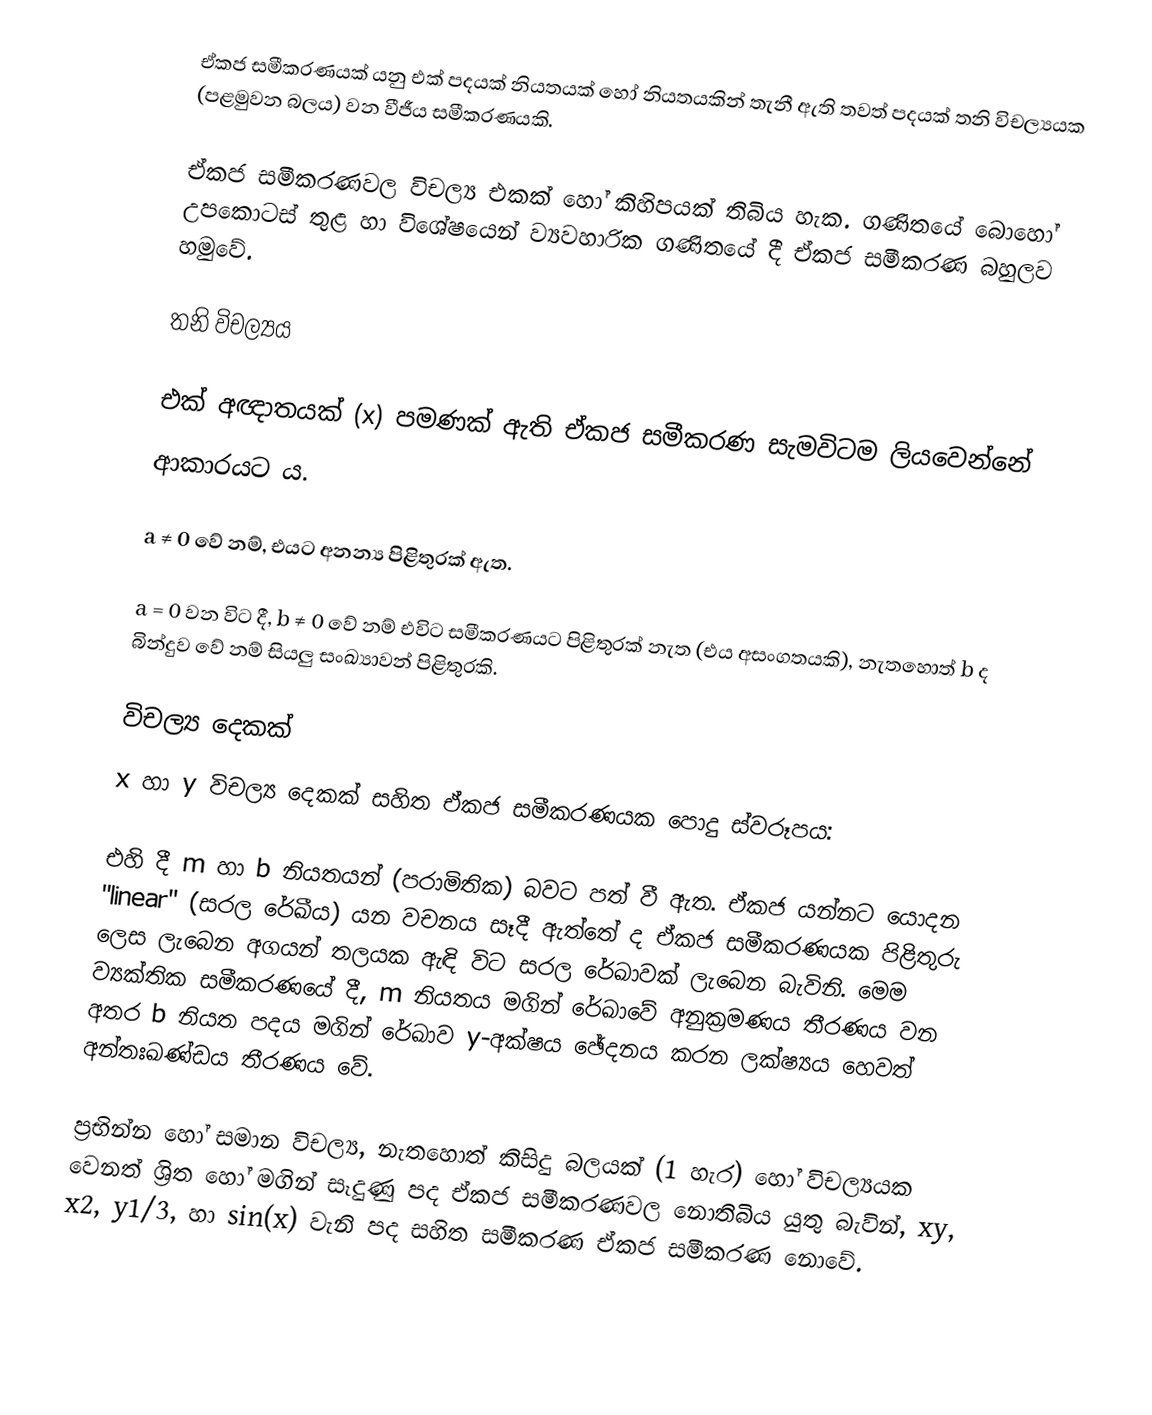
ඒකජ සමීකරණයක් යනු එක් පදයක් නියතයක් හෝ නියතයකින් තැනී ඇති තවත් පදයක් තනි විචල්‍යයක (පළමුවන බලය) වන වීජීය සමීකරණයකි.

ඒකජ සමීකරණවල විචල්‍ය එකක් හෝ කිහිපයක් තිබිය හැක. ගණිතයේ බොහෝ උපකොටස් තුළ හා විශේෂයෙන් ව්‍යවහාරික ගණිතයේ දී ඒකජ සමීකරණ බහුලව හමුවේ.

තනි විචල්‍යය

එක් අඥාතයක් (x) පමණක් ඇති ඒකජ සමීකරණ සැමවිටම ලියවෙන්නේ
 ආකාරයට ය.

a ≠ 0 වේ නම්, එයට අනන්‍ය පිළිතුරක් ඇත.

a = 0 වන විට දී, b ≠ 0 වේ නම් එවිට සමීකරණයට පිළිතුරක් නැත (එය අසංගතයකි), නැතහොත් b ද බින්දුව වේ නම් සියලු සංඛ්‍යාවන් පිළිතුරකි.

විචල්‍ය දෙකක්
x හා y විචල්‍ය දෙකක් සහිත ඒකජ සමීකරණයක පොදු ස්වරූපය:

එහි දී m හා b නියතයන් (පරාමිතික) බවට පත් වී ඇත. ඒකජ යන්නට යොදන "linear" (සරල රේඛීය) යන වචනය සෑදී ඇත්තේ ද ඒකජ සමීකරණයක පිළිතුරු ලෙස ලැබෙන අගයන් තලයක ඇඳි විට සරල රේඛාවක් ලැබෙන බැවිනි. මෙම ව්‍යක්තික සමීකරණයේ දී, m නියතය මගින් රේඛාවේ අනුක්‍රමණය තීරණය වන අතර b නියත පදය මගින් රේඛාව y-අක්ෂය ඡේදනය කරන ලක්ෂ්‍යය හෙවත් අන්තඃඛණ්ඩය තීරණය වේ.

ප්‍රභින්න හෝ සමාන විචල්‍ය, නැතහොත් කිසිදු බලයක් (1 හැර) හෝ විචල්‍යයක වෙනත් ශ්‍රිත හෝ මගින් සෑදුණු පද ඒකජ සමීකරණවල නොතිබිය යුතු බැවින්, xy, x2, y1/3, හා sin(x) වැනි පද සහිත සමීකරණ ඒකජ සමීකරණ නොවේ.